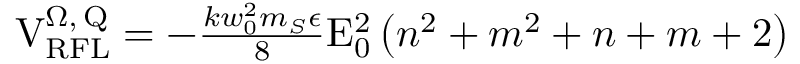
\begin{array} { r } { \mathrm { V } _ { \mathrm { R F L } } ^ { \Omega , \, \mathrm { Q } } = - \frac { k w _ { 0 } ^ { 2 } m _ { S } \epsilon } { 8 } \mathrm { E } _ { 0 } ^ { 2 } \left( n ^ { 2 } + m ^ { 2 } + n + m + 2 \right) } \end{array}